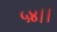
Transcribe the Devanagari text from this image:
५४।।